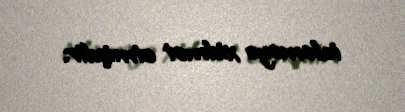
izləməyə xidmət etmişdir.